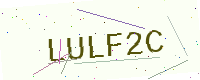
Text: LULF2C